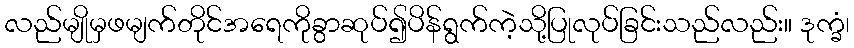
လည်မျိုမှဖမျက်တိုင်အရေကိုခွာဆုပ်၍ပိန်ရွက်ကဲ့သို့ပြုလုပ်ခြင်းသည်လည်း။ ဒုက္ခံ၊